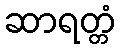
ဆာရတ္တံ